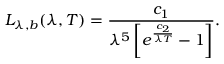
L _ { \lambda , b } ( \lambda , T ) = \frac { c _ { 1 } } { \lambda ^ { 5 } \left[ e ^ { \frac { c _ { 2 } } { \lambda T } } - 1 \right] } \mathrm { . }